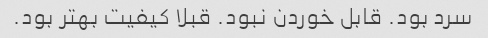
سرد بود. قابل خوردن نبود. قبلا کیفیت بهتر بود.